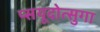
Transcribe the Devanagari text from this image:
प्सयूदोत्सुगा